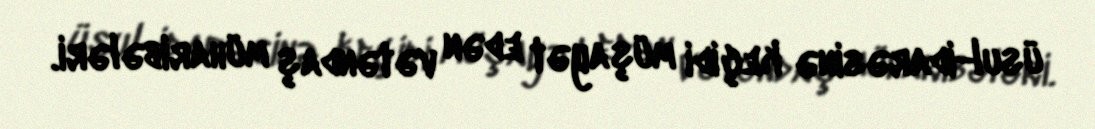
üsul-idarəsinə keçidi müşayət edən vətəndaş müharibələri.